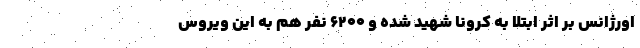
اورژانس بر اثر ابتلا به کرونا شهید شده و ۶۲۰۰ نفر هم به این ویروس